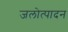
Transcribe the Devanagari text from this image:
जलोत्पादन